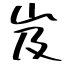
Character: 岌